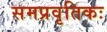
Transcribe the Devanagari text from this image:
समप्रवृतिकः